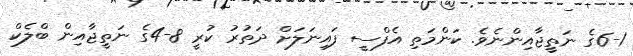
6-1ގެ ނަތީޖާއިންނެވެ. ކަންމަތި އެފްސީ ފައިނަލަށް ދަތުރު ކުރީ 8-4ގެ ނަތީޖާއިން ބްލެކް